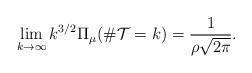
LaTeX: \begin{align*} \lim_{k\to\infty} k^{3/2}\Pi_\mu(\#\mathcal{T}= k)= \frac{1}{\rho\sqrt{2\pi}}.\end{align*}